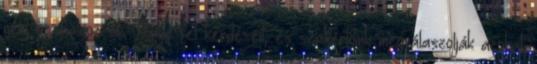
nem szabályozzák. Tegye fel kérdéseit, és szakértőink megválaszolják azokat.